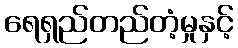
ရေရှည်တည်တံ့မှုနှင့်